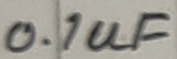
Text: 0.1uF